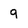
Character: 9